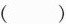
( )